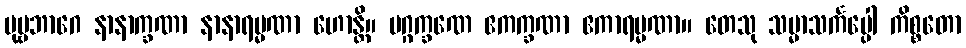
ပုဗ္ဗဘာဂေ နာနာက္ခဏာ နာနာရမ္မဏာ ဟောန္တိ။ မဂ္ဂက္ခဏေ ဧကက္ခဏာ ဧကာရမ္မဏာ။ တေသု သမ္မာသင်္ကပ္ပေါ ကိစ္စတော